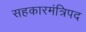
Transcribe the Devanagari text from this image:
सहकारमंत्रिपद